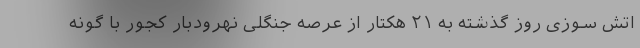
اتش سوزی روز گذشته به ۲۱ هکتار از عرصه جنگلی نهرودبار کجور با گونه